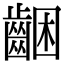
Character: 齫